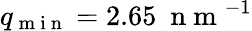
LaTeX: q_{\mathrm{~m~i~n~}}=2.65\ \mathrm{~n~m~}^{-1}